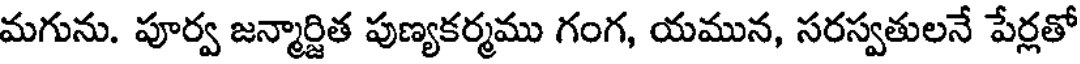
మగును. పూర్వ జన్మార్జిత పుణ్యకర్మము గంగ, యమున, సరస్వతులనే పేర్లతో